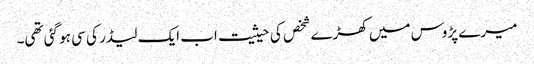
میرے پڑوس میں کھڑے شخص کی حیثیت اب ایک لیڈر کی سی ہو گئی تھی۔